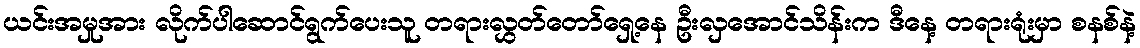
ယင်းအမှုအား လိုက်ပါဆောင်ရွက်ပေးသူ တရားလွှတ်တော်ရှေ့နေ ဦးလှအောင်သိန်းက ဒီနေ့ တရားရုံးမှာ စနစ်နဲ့